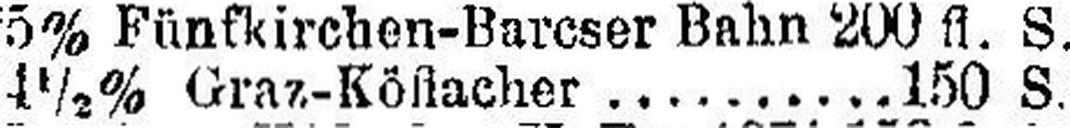
4½% Graz-Köflacher 150 S.